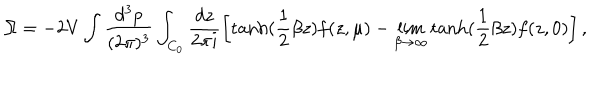
\Omega = - 2 V \int \frac { d ^ { 3 } p } { ( 2 \pi ) ^ { 3 } } \int _ { C _ { 0 } } \frac { d z } { 2 \pi i } \left[ \mathrm { t a n h } ( \frac 1 2 \beta z ) f ( z , \mu ) - \lim _ { \beta \rightarrow \infty } \mathrm { t a n h } ( \frac 1 2 \beta z ) f ( z , 0 ) \right] ,